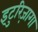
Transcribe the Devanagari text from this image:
इटुरिज़ागा